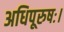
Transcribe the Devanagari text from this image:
अधिपूरुषः।